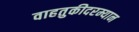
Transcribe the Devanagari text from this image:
वाहतुकीदरम्यान